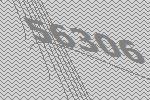
56306